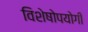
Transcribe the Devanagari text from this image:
विशेषोपयोगी